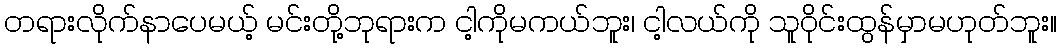
တရားလိုက်နာပေမယ့် မင်းတို့ဘုရားက ငါ့ကိုမကယ်ဘူး၊ ငါ့လယ်ကို သူဝိုင်းထွန်မှာမဟုတ်ဘူး။